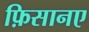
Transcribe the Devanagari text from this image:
फ़िसानए